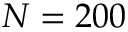
N = 2 0 0